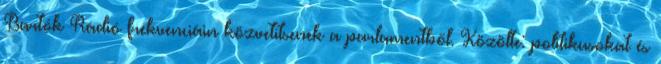
Bartók Rádió frekvenciáin közvetítsenek a parlamentből. Közölte: politikusokat és